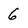
Character: 6